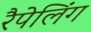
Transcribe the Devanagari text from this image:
रैपेलिंग